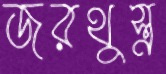
জরথুস্ত্র